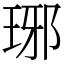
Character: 琊